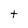
Character: t